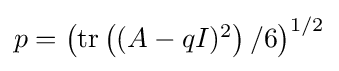
{\textstyle p=\left({\rm {tr}}\left((A-qI)^{2}\right)/6\right)^{1/2}}